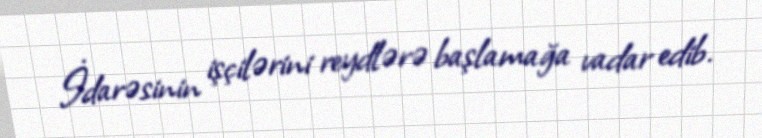
İdarəsinin işçilərini reydlərə başlamağa vadar edib.